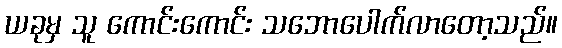
ယခုမှ သူ ကောင်းကောင်း သဘောပေါက်လာတော့သည်။